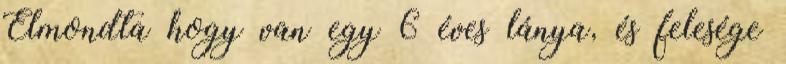
Elmondta hogy van egy 6 éves lánya, és felesége